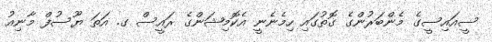
ސީއައިސީގެ މެންބަރުންގެ ގޮތުގައި ހިމެނެނީ އެކޮމިޝަންގެ ރައީސް ގ. އަތަ ޔޫސުފް މާނިއު